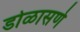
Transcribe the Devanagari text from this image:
डोळासणे